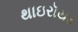
થાઇરૉયડ